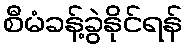
စီမံခန့်ခွဲနိုင်ရန်